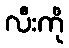
လီးကို